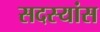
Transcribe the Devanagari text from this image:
सदस्यांस